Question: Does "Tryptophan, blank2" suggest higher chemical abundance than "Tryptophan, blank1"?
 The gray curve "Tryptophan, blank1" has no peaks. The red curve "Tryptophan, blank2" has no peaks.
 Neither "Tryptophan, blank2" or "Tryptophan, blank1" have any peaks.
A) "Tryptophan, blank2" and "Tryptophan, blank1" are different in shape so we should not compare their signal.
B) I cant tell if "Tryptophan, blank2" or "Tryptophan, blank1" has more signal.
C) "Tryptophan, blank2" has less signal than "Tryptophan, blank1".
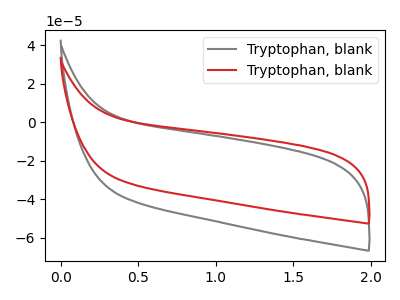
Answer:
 <answer>B) I cant tell if "Tryptophan, blank2" or "Tryptophan, blank1" has more signal.</answer>
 <eval>B</eval>